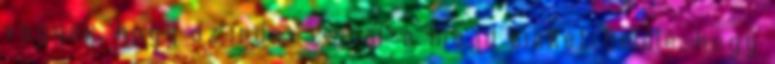
vagyok, hogy az index csinál-e majd cikket belőle, hogy